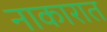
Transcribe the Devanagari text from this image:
नाकारात